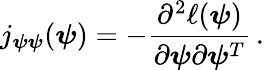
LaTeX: j_{\boldsymbol{\psi}\boldsymbol{\psi}}(\boldsymbol{\psi})=-\frac{\partial^{2}\ell(\boldsymbol{\psi})}{\partial\boldsymbol{\psi}\partial\boldsymbol{\psi}^{T}}\, .